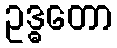
ဥဒ္ဓတော